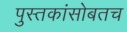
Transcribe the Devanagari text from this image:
पुस्तकांसोबतच